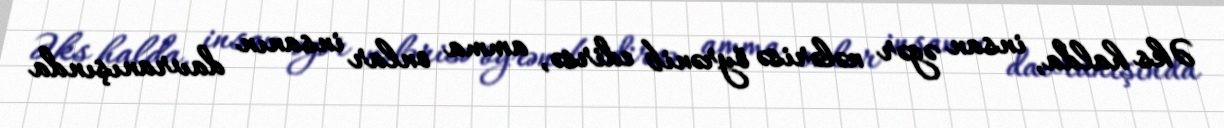
Əks halda, insan əgər nələrisə öyrənib edirsə, amma onlar insanın davranışında